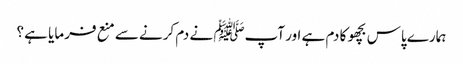
ہمارے پاس بچھو کا دم ہے اور آپﷺ نے دم کرنے سے منع فرمایا ہے ؟